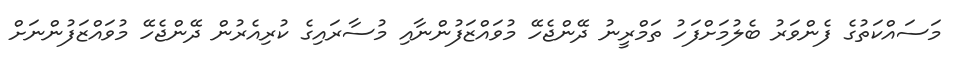
މަސައްކަތުގެ ފެންވަރު ބެލުމަށްފަހު ތަމްރީނު ދޭންޖެހޭ މުވައްޒަފުންނާއި މުސާރައިގެ ކުރިއެރުން ދޭންޖެހޭ މުވައްޒަފުންނަށް